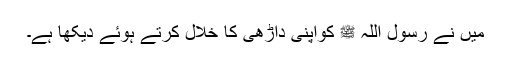
میں نے رسول اللہ ﷺ کواپنی داڑھی کا خلال کرتے ہوئے دیکھا ہے۔